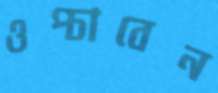
ওপ্‌চাবেন